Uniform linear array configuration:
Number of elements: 32
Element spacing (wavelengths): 0.5
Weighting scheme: hamming
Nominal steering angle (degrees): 30
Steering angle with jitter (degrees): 28.251
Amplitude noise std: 0.05
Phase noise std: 0.05

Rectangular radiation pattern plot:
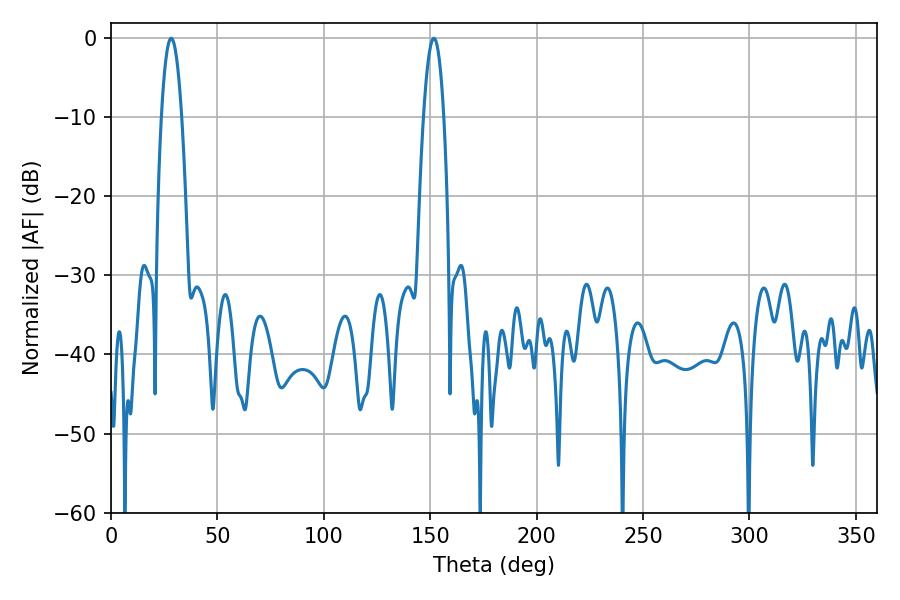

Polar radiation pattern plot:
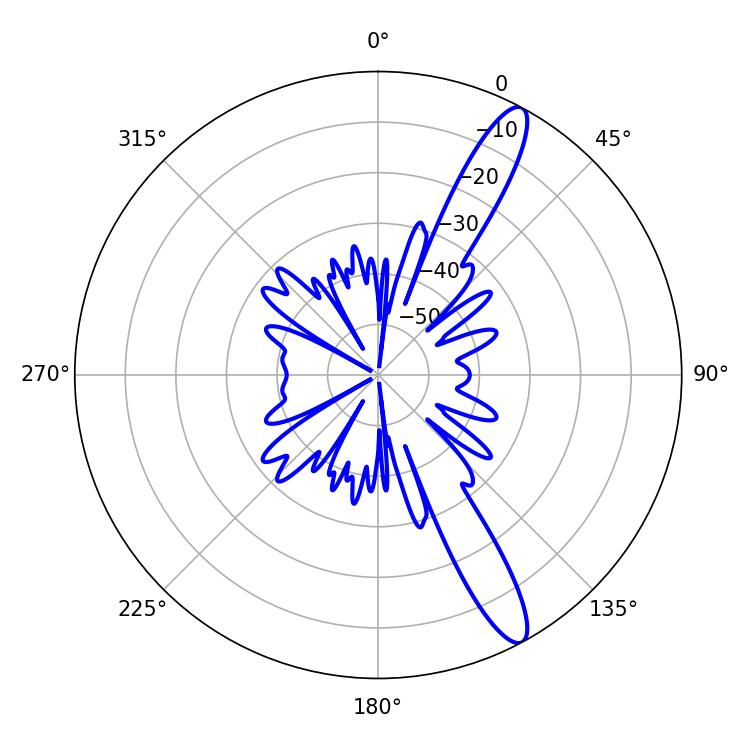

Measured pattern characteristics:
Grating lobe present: FALSE
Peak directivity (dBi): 13.271
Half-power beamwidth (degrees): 5.22
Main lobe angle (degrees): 28.26